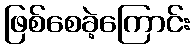
ဖြစ်စေခဲ့ကြောင်း